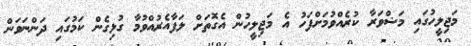
މަޖިލީހުގައި މަޝްވަރާ ކުރެއްވުމަށްފަހު އެ މަޖިލީހުން އެގޮތަށް ލަފާއެރުއްވުމާ ގުޅިގެން ކަމުގައި ދަންނަވަން